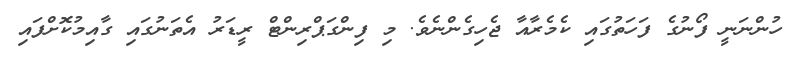
ހުންނަނީ ފޯނުގެ ފަހަތުގައި ކެމެރާއާ ޖެހިގެންނެވެ. މި ފިންގަޕްރިންޓް ރީޑަރު އެތަނުގައި ގާއިމުކޮށްފައި